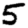
Digit: 5